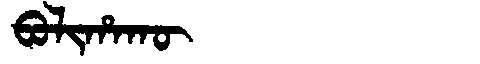
Manchu: ᠪᠣᠯᡳᡥᠠᡴᡡ
Romanization: BOLIHAKŪ